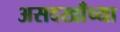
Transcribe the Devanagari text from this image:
असदखाँच्या